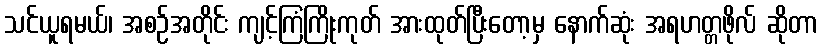
သင်ယူရမယ်၊ အစဉ်အတိုင်း ကျင့်ကြံကြိုးကုတ် အားထုတ်ပြီးတော့မှ နောက်ဆုံး အရဟတ္တဖိုလ် ဆိုတာ